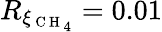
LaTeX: R_{\xi_{{\mathrm{~C~H~}_{4}}}}=0.01